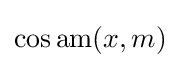
\cos \operatorname {am} (x,m)